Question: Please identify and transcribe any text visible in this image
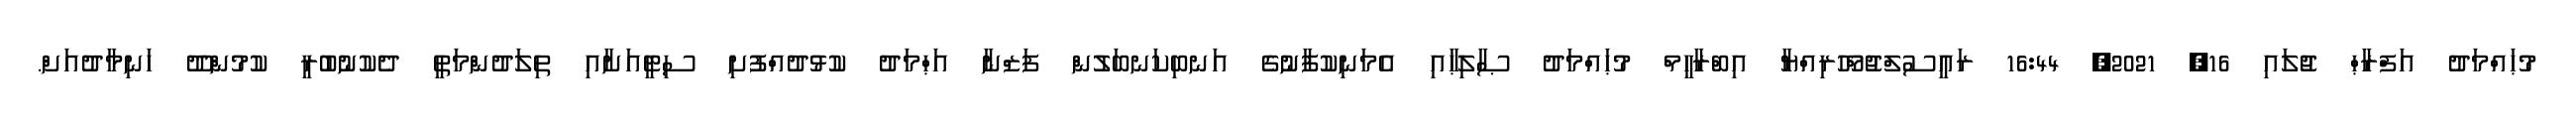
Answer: މުޙައްމަދު އަފްރާޙް ޖުލައި 16, 2021, 16:44 ރައީސުލްޖުމްހޫރިއްޔާ އިބްރާހީމް މުޙައްމަދު ޞާލިޙާއި އެމަނިކުފާނުގެ އަނބިކަނބަލުން ފަޒްނާ އަޙްމަދު ކުޅުދުއްފުށި ސިޓީއަށާއި ތިލަދުންމަތީ ދެކުނުބުރީ ކުމުންދޫ ހަނިމާދުއަށް.